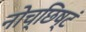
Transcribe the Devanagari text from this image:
नोच्छिष्टं